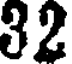
32